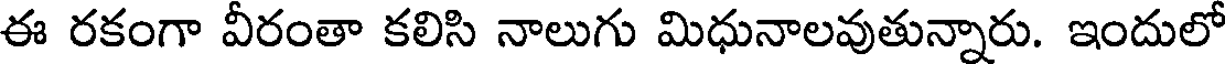
ఈ రకంగా వీరంతా కలిసి నాలుగు మిధునాలవుతున్నారు. ఇందులో